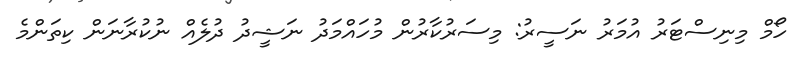
ހޯމް މިނިސްޓަރު އުމަރު ނަސީރު: މިސަރުކާރުން މުހައްމަދު ނަޝީދު ދުލެއް ނުކުރާނަން ކިތަންމެ